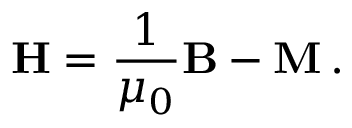
\mathbf { H } = { \frac { 1 } { \mu _ { 0 } } } \mathbf { B } - \mathbf { M } \, .